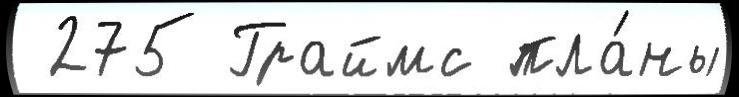
 275 Граймс пла́ны